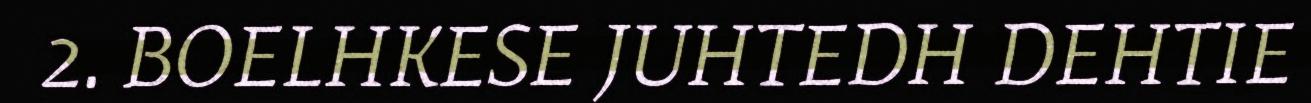
2. BOELHKESE JUHTEDH DEHTIE